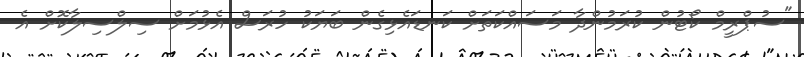
"ސުޕްރީމް ކޯޓުން ކުރަމުންދާ މަސައްކަތަށް ކަނޑައެޅިގެން ބަޔަކު ހުރަސް އެޅުމަށް ސިލްސިލާކޮށް އެ